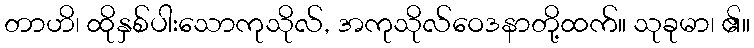
တာဟိ၊ ထိုနှစ်ပါးသောကုသိုလ်, အကုသိုလ်ဝေဒနာတို့ထက်။ သုခုမာ၊ ၏။